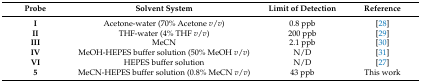
| Probe | Solvent System | Limit of Detection | Reference |
 | --- | --- | --- | --- |
 | I | Acetone-water (70% Acetone v/v) | 0.8 ppb | [28] |
 | II | THF-water (4% THF v/v) | 200 ppb | [29] |
 | III | MeCN | 2.1 ppb | [30] |
 | IV | MeOH-HEPES buffer solution (50% MeOH v/v) | N/D | [31] |
 | VI | HEPES buffer solution | N/D | [27] |
 | 5 | MeCN-HEPES buffer solution (0.8% MeCN v/v) | 43 ppb | This work |